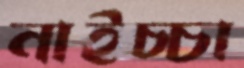
নাইচ্চা